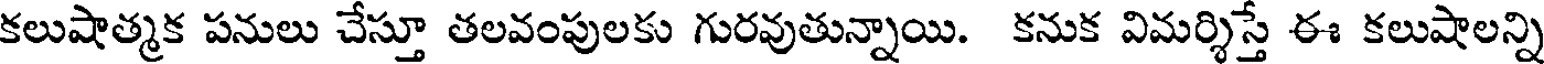
కలుషాత్మక పనులు చేస్తూ తలవంపులకు గురవుతున్నాయి. కనుక విమర్శిస్తే ఈ కలుషాలన్ని